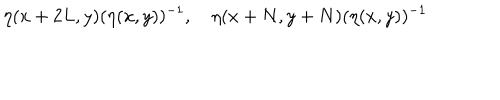
\eta ( x + 2 L , y ) ( \eta ( x , y ) ) ^ { - 1 } , \quad \eta ( x + N , y + N ) ( \eta ( x , y ) ) ^ { - 1 }